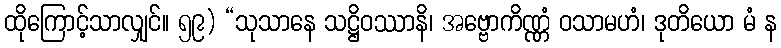
ထိုကြောင့်သာလျှင်။ ၅၉) “သုသာနေ သဋ္ဌိဝဿာနိ၊ အဗ္ဗောကိဏ္ဏံ ဝသာမဟံ၊ ဒုတိယော မံ န